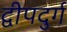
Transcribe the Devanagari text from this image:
द्वीपदुर्ग